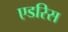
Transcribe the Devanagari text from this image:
एडरिस